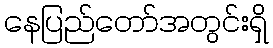
နေပြည်တော်အတွင်းရှိ